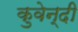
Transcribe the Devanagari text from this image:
कुवेन्दी